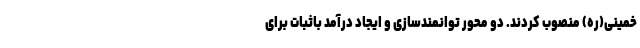
خمینی(ره) منصوب کردند. دو محور توانمندسازی و ایجاد درآمد باثبات برای